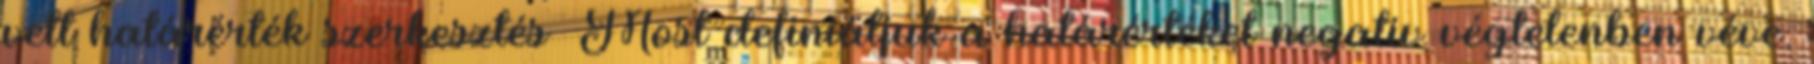
vett határérték szerkesztés Most definiáljuk a határértéket negatív végtelenben véve.